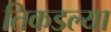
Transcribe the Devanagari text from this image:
तिकडल्या